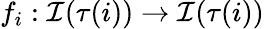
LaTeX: f_{i}:\mathcal{I}(\tau(i))\rightarrow\mathcal{I}(\tau(i))